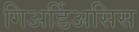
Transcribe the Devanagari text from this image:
गिअर्डिअसिस